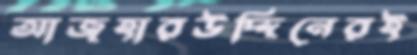
আজহারউদ্দিনেরই